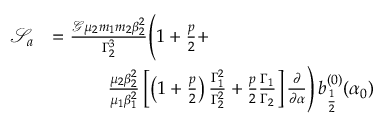
\begin{array} { r l } { \mathcal { S } _ { a } } & { = \frac { \mathcal { G } \mu _ { 2 } m _ { 1 } m _ { 2 } \beta _ { 2 } ^ { 2 } } { \Gamma _ { 2 } ^ { 3 } } \Bigg ( 1 + \frac { p } { 2 } + } \\ & { \quad \quad \quad \frac { \mu _ { 2 } \beta _ { 2 } ^ { 2 } } { \mu _ { 1 } \beta _ { 1 } ^ { 2 } } \left[ \left( 1 + \frac { p } { 2 } \right) \frac { \Gamma _ { 1 } ^ { 2 } } { \Gamma _ { 2 } ^ { 2 } } + \frac { p } { 2 } \frac { \Gamma _ { 1 } } { \Gamma _ { 2 } } \right] \frac { \partial } { \partial \alpha } \Bigg ) \, b _ { \frac { 1 } { 2 } } ^ { ( 0 ) } ( \alpha _ { 0 } ) } \end{array}